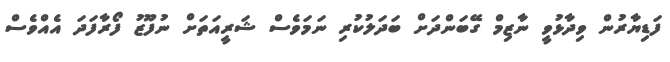
ފަޑިޔާރުން ވިދާޅުވީ ނާޒިމް ގޭބަންދަށް ބަދަލުކުރި ނަމަވެސް ޝަރީއަތަށް ނުފޫޒު ފޯރާފަދަ އެއްވެސް